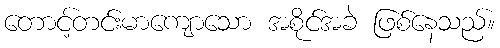
တောင့်တင်းမာကျောသော အစိုင်အခဲ ဖြစ်နေသည်။